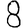
Digit: 8